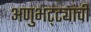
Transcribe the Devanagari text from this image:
अणुभट्ट्यांची